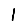
Digit: 1